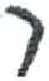
אות: ר